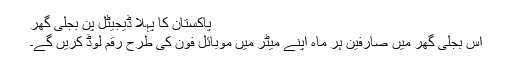
پاکستان کا پہلا ڈیجیٹل پن بجلی گھر
اس بجلی گھر میں صارفین ہر ماہ اپنے میٹر میں موبائل فون کی طرح رقم لوڈ کریں گے۔